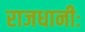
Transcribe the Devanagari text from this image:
राजधानीः